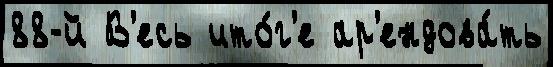
88-й В'есь ито́г'е ар'ендова́ть